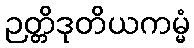
ဉတ္တိဒုတိယကမ္မံ